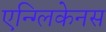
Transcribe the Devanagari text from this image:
एन्ग्लिकेनस